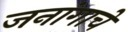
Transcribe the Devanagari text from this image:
जनांगाचे